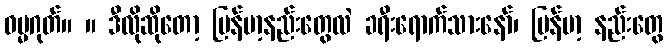
ဓမ္မဂုတ်။ ။ ဒီလိုဆိုတော့ မြန်မာ့နည်းတွေလဲ ခရီးရောက်သားနော်၊ မြန်မာ့ နည်းတွေ